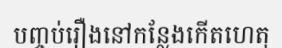
បញ្ចប់រឿងនៅកន្លែងកើតហេតុ